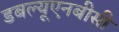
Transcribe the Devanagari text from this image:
डबल्यूएनबीसी